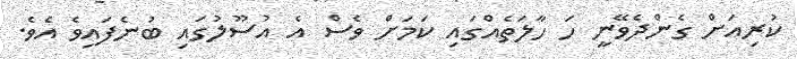
ކުރިއަށް ގެންދެވޭނީ ހަ ހާލަތެއްގައި ކަމަށް ވެސް އެ އުސޫލުގައި ބުނެފައިވެ އެވެ.